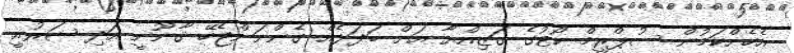
އެހެންކަމުން ސުޕްރީމް ކޯޓުގެ ގަޒިއްޔާ އަށް ބަދަލެއް ގެންނަންޖެހޭ ޤާނޫނީ އަދި ޝަރުއީ